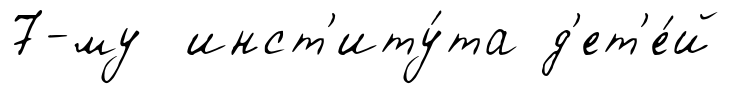
7-му инст'иту́та д'ет'е́й